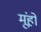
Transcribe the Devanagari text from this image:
मूंहों